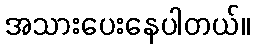
အသားပေးနေပါတယ်။